画像に写った文字を読んでください
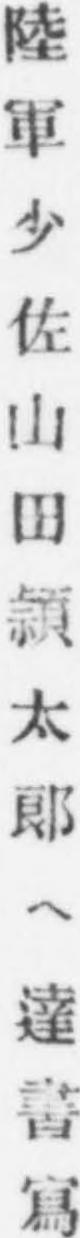
「陸軍少佐山田頴太郎ヘ達書寫」と書いてあります